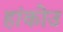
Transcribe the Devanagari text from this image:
हांकोउ